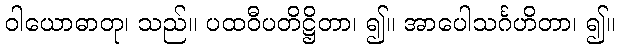
ဝါယောဓာတု၊ သည်။ ပထဝီပတိဋ္ဌိတာ၊ ၍။ အာပေါသင်္ဂဟိတာ၊ ၍။